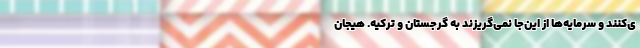
ی‌کنند و سرمایه‌ها از این‌جا نمی‌گریزند به گرجستان و ترکیه. هیجان